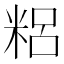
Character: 𥺓